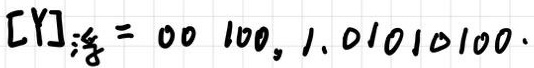
$[Y]_{浮}=00\ 100,1.01010100\cdot$